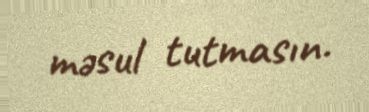
məsul tutmasın.